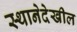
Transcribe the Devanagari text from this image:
स्थानेदेखील